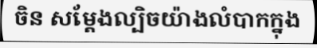
ចិន សម្តែងល្បិចយ៉ាងលំបាកក្នុង